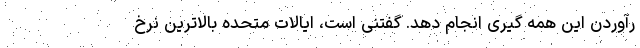
رآوردن این همه گیری انجام دهد. گفتنی است، ایالات متحده بالاترین نرخ